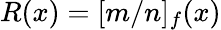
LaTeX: R(x)=[m/n]_{f}(x)